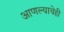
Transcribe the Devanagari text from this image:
आणल्याचेही